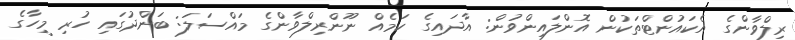
ރިލްވާންގެ އެކައުންޓްތަކުން އޮންލައިންވުން: އާދައިގެ ކަމެއް ނޫންރިލްވާންގެ މައްސަލަ: ބަންދުގައި ހުރި މީހާގެ